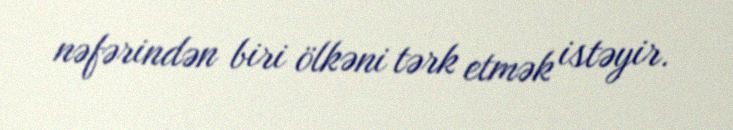
nəfərindən biri ölkəni tərk etmək istəyir.